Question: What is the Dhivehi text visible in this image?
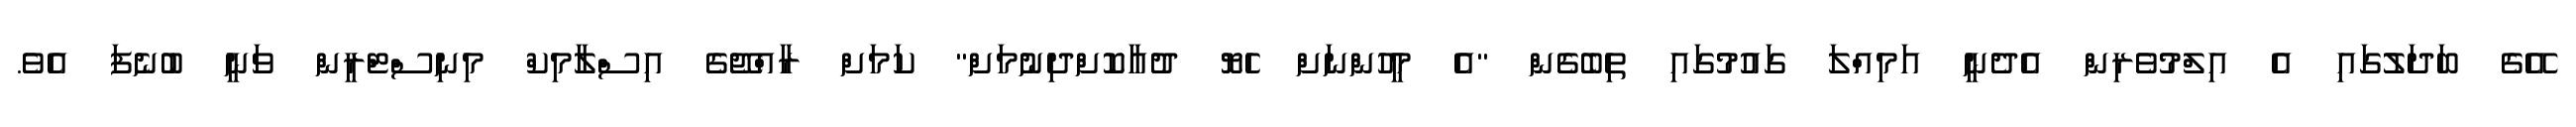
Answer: އޭގެ ބަދަލުގައި އެ އިލްމުވެރިން އެދެނީ އަމިއްލަ ގައުމުގައި ތިބެގެން "އެ މީހުންނަށް ހެޔޮ ދުއާކޮށްދިނުމަށް" ކަމަށް ރާއްޖޭގެ އިސްލާމިކް މިނިސްޓްރީން ވަނީ ބުނެފަ އެވެ.